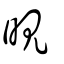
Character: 晛